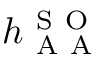
h _ { \mathrm { ~ A ~ A ~ } } ^ { \mathrm { ~ S ~ O ~ } }